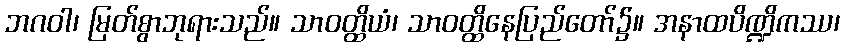
ဘဂဝါ၊ မြတ်စွာဘုရားသည်။ သာဝတ္ထိယံ၊ သာဝတ္ထိနေပြည်တော်၌။ အနာထပိဏ္ဍိကဿ၊